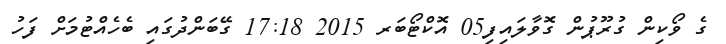
ގެ ވޯކިން ގުރޫޕުން ގޮވާލައިފި05 އޮކްޓޯބަރ 2015 17:18 ގޭބަންދުގައި ބެހެއްޓުމަށް ފަހު